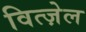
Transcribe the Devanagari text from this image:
वित्ज़ेल